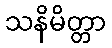
သနိမိတ္တာ